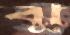
ঝু